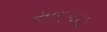
મલકાટ